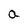
Character: a